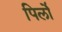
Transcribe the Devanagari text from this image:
पिर्लो